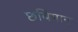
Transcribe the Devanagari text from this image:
छबिमान्